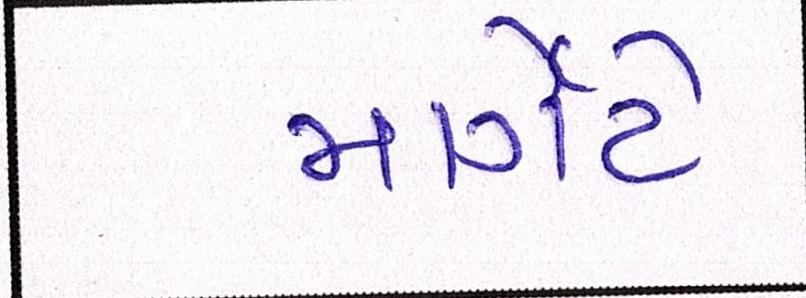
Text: માર્ગેટે